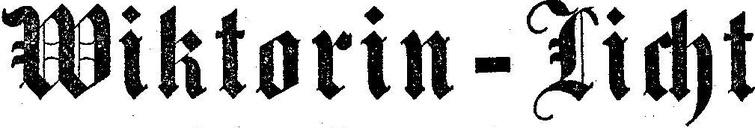
Wiktorin - Ticht